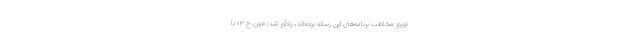
نوروز مخاطب برنامه‌های این رسانه بوده‌اند، یادآور شد: «نون خ ۳» با